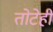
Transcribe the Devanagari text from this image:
तोटेही